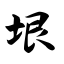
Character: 垠